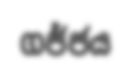
ගජ්ජය